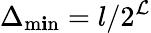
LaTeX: \Delta_{\operatorname*{m\mathbf{i}n}}=l/2^{\mathcal{{L}}}